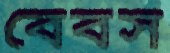
বেবস